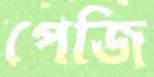
পেজি